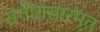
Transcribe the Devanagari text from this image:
संगीतसारमृत